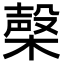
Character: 㯏